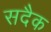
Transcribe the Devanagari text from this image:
सदैक